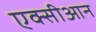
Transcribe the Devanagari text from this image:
एक्सीआन